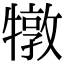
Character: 犜